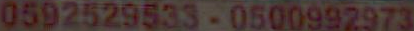
0592529533-0500992973